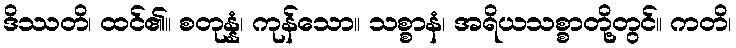
ဒိဿတိ၊ ထင်၏။ စတုန္နံ၊ ကုန်သော။ သစ္စာနံ၊ အရိယသစ္စာတို့တွင်။ ကတိ၊